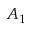
A _ { 1 }